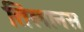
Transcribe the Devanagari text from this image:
तिलानस